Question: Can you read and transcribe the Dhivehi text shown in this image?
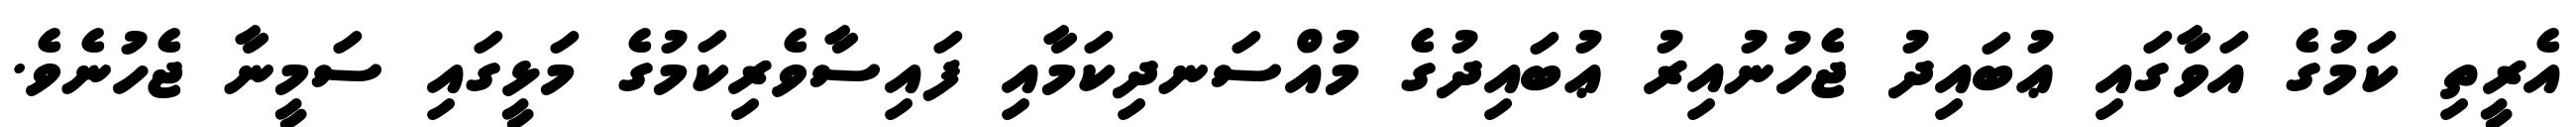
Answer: އެރީތި ކަމުގެ އަވާގައި ޢުބައިދު ޖެހުނުއިރު ޢުބައިދުގެ މުއްސަނދިކަމާއި ފައިސާވެރިކަމުގެ މަޅީގައި ސަމީނާ ޖެހުނެވެ.